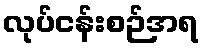
လုပ်ငန်းစဉ်အရ